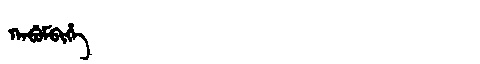
Manchu: ᡴᠠᠪᡠᠮᠪᡳᡥᡝ
Romanization: KABUMBIHE